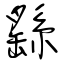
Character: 繇